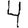
Digit: 4